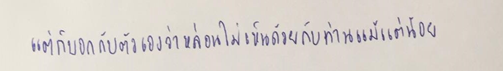
แต่ก็บอกตัวเองว่าหล่อนไม่เห็นด้วยกับท่านแม้แต่น้อย